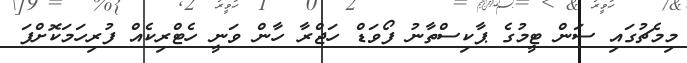
މިމެޗުގައި ސަން ޓީމުގެ ޕާކިސްތާނު ފޯވަޑް ހަޖްރާ ހާން ވަނީ ހެޓްރިކެއް ފުރިހަމަކޮށްފަ